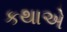
કથાએ